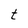
Character: t